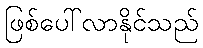
ဖြစ်ပေါ်လာနိုင်သည်